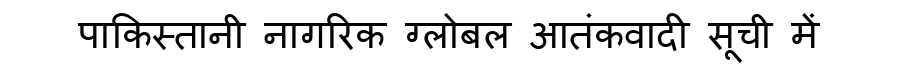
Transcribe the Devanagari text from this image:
पाकिस्तानी नागरिक ग्लोबल आतंकवादी सूची में